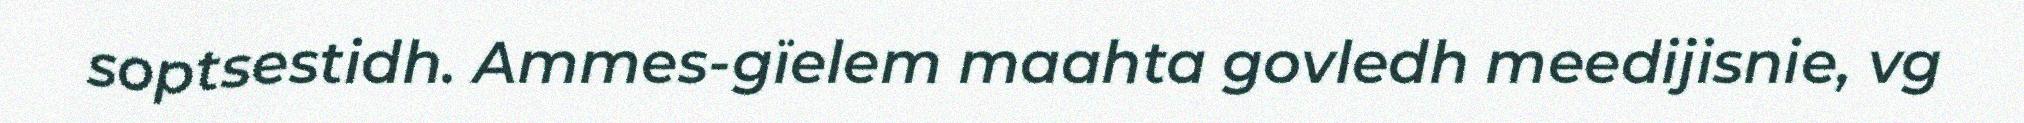
soptsestidh. Ammes-gïelem maahta govledh meedijisnie, vg